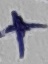
Text: +